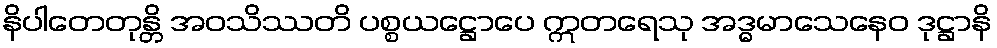
နိပါတေတုန္တိ အဝသိဿတိ ပစ္စယဋ္ဌောပေ ဣတရေသု အဒ္ဓမာသေနေဝ ဒုဋ္ဌာနိ